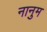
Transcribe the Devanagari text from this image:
नानुम